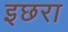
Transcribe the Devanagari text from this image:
इछरा